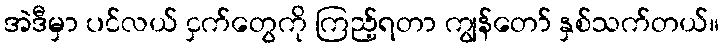
အဲဒီမှာ ပင်လယ် ငှက်တွေကို ကြည့်ရတာ ကျွန်တော် နှစ်သက်တယ်။